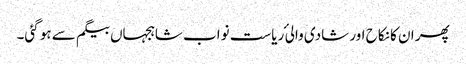
پھر ان کا نکاح اور شادی والی ٔ ریاست نواب شاہجہاں بیگم سے ہو گئی۔